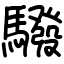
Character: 驋